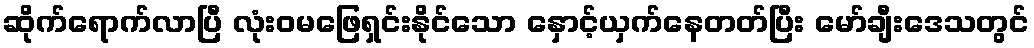
ဆိုက်ရောက်လာပြီ လုံးဝမဖြေရှင်းနိုင်သော နှောင့်ယှက်နေတတ်ပြီး မော်ချီးဒေသတွင်